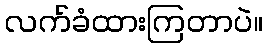
လက်ခံထားကြတာပဲ။